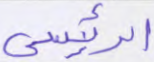
الرئيسي